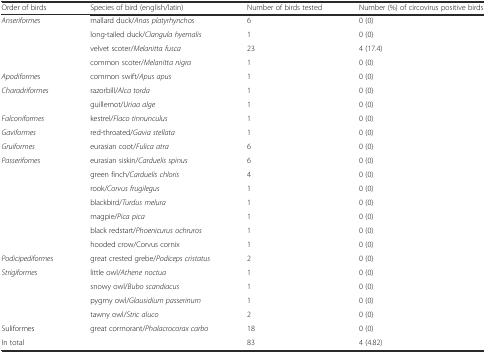
<table><thead><tr><td><b>Order of birds</b></td><td><b>Species of bird (english/latin)</b></td><td><b>Number of birds tested</b></td><td><b>Number (%) of circovirus positive birds</b></td></tr></thead><tbody><tr><td rowspan="4"><i>Anseriformes</i></td><td>mallard duck/<i>Anas platyrhynchos</i></td><td>6</td><td>0 (0)</td></tr><tr><td>long-tailed duck/<i>Clangula hyemalis</i></td><td>1</td><td>0 (0)</td></tr><tr><td>velvet scoter/<i>Melanitta fusca</i></td><td>23</td><td>4 (17.4)</td></tr><tr><td>common scoter/<i>Melanitta nigra</i></td><td>1</td><td>0 (0)</td></tr><tr><td><i>Apodiforme</i>s</td><td>common swift/<i>Apus apus</i></td><td>1</td><td>0 (0)</td></tr><tr><td rowspan="2"><i>Charadriformes</i></td><td>razorbill/<i>Alca torda</i></td><td>1</td><td>0 (0)</td></tr><tr><td>guillemot/<i>Uriaa alge</i></td><td>1</td><td>0 (0)</td></tr><tr><td><i>Falconiformes</i></td><td>kestrel/<i>Flaco tinnunculus</i></td><td>1</td><td>0 (0)</td></tr><tr><td><i>Gaviformes</i></td><td>red-throated/<i>Gavia stellata</i></td><td>1</td><td>0 (0)</td></tr><tr><td><i>Gruiformes</i></td><td>eurasian coot/<i>Fulica atra</i></td><td>6</td><td>0 (0)</td></tr><tr><td rowspan="7"><i>Passerifomes</i></td><td>eurasian siskin/<i>Carduelis spinus</i></td><td>6</td><td>0 (0)</td></tr><tr><td>green finch/<i>Carduelis chloris</i></td><td>4</td><td>0 (0)</td></tr><tr><td>rook/<i>Corvus frugilegus</i></td><td>1</td><td>0 (0)</td></tr><tr><td>blackbird/<i>Turdus melura</i></td><td>1</td><td>0 (0)</td></tr><tr><td>magpie/<i>Pica pica</i></td><td>1</td><td>0 (0)</td></tr><tr><td>black redstart/<i>Phoenicurus ochruros</i></td><td>1</td><td>0 (0)</td></tr><tr><td>hooded crow/Corvus cornix</td><td>1</td><td>0 (0)</td></tr><tr><td><i>Podicipediformes</i></td><td>great crested grebe/<i>Podiceps cristatus</i></td><td>2</td><td>0 (0)</td></tr><tr><td rowspan="4"><i>Strigiformes</i></td><td>little owl/<i>Athene noctua</i></td><td>1</td><td>0 (0)</td></tr><tr><td>snowy owl/<i>Bubo scandiacus</i></td><td>1</td><td>0 (0)</td></tr><tr><td>pygmy owl/<i>Glausidium passerinum</i></td><td>1</td><td>0 (0)</td></tr><tr><td>tawny owl/<i>Stric aluco</i></td><td>2</td><td>0 (0)</td></tr><tr><td>Suliformes</td><td>great cormorant/<i>Phalacrocorax carbo</i></td><td>18</td><td>0 (0)</td></tr><tr><td>In total</td><td></td><td>83</td><td>4 (4.82)</td></tr></tbody></table>